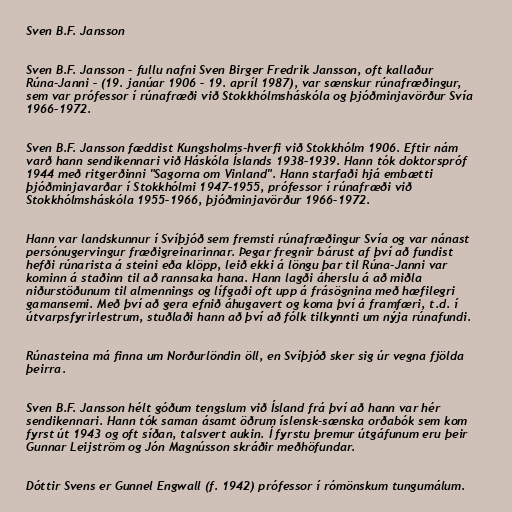
Sven B.F. Jansson

Sven B.F. Jansson – fullu nafni Sven Birger Fredrik Jansson, oft kallaður
Rúna-Janni – (19. janúar 1906 – 19. apríl 1987), var sænskur rúnafræðingur,
sem var prófessor í rúnafræði við Stokkhólmsháskóla og þjóðminjavörður Svía
1966–1972.

Sven B.F. Jansson fæddist Kungsholms-hverfi við Stokkhólm 1906. Eftir nám
varð hann sendikennari við Háskóla Íslands 1938–1939. Hann tók doktorspróf
1944 með ritgerðinni "Sagorna om Vinland". Hann starfaði hjá embætti
þjóðminjavarðar í Stokkhólmi 1947–1955, prófessor í rúnafræði við
Stokkhólmsháskóla 1955–1966, þjóðminjavörður 1966–1972.

Hann var landskunnur í Svíþjóð sem fremsti rúnafræðingur Svía og var nánast
persónugervingur fræðigreinarinnar. Þegar fregnir bárust af því að fundist
hefði rúnarista á steini eða klöpp, leið ekki á löngu þar til Rúna-Janni var
kominn á staðinn til að rannsaka hana. Hann lagði áherslu á að miðla
niðurstöðunum til almennings og lífgaði oft upp á frásögnina með hæfilegri
gamansemi. Með því að gera efnið áhugavert og koma því á framfæri, t.d. í
útvarpsfyrirlestrum, stuðlaði hann að því að fólk tilkynnti um nýja rúnafundi.

Rúnasteina má finna um Norðurlöndin öll, en Svíþjóð sker sig úr vegna fjölda
þeirra.

Sven B.F. Jansson hélt góðum tengslum við Ísland frá því að hann var hér
sendikennari. Hann tók saman ásamt öðrum íslensk-sænska orðabók sem kom
fyrst út 1943 og oft síðan, talsvert aukin. Í fyrstu þremur útgáfunum eru þeir
Gunnar Leijström og Jón Magnússon skráðir meðhöfundar.

Dóttir Svens er Gunnel Engwall (f. 1942) prófessor í rómönskum tungumálum.